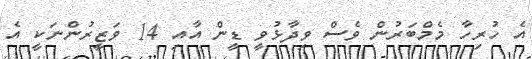
އެ ހުރިހާ މެމްބަރުން ވެސް ވިދާޅުވީ ޑީން އާއި 14 ވަޒީރުންނަކީ އެ